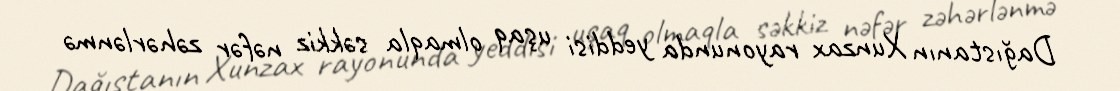
Dağıstanın Xunzax rayonunda yeddisi uşaq olmaqla səkkiz nəfər zəhərlənmə